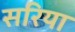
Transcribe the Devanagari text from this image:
सरिया